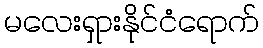
မလေးရှားနိုင်ငံရောက်